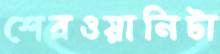
শেরওয়ানিটা